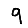
Digit: 9